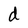
Character: d